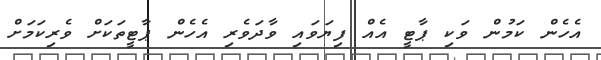
އެހެން ކަމުން ވަކި ޕާޓީ އެއް ފިޔަވައި ވާދަވެރި އެހެން ޕާޓީތަކަށް ވެރިކަމަށް